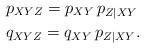
LaTeX: \begin{align*}&p_{XYZ}=p_{XY}\, p_{Z|XY} \\ &q_{XYZ} = q_{XY}\, p_{Z|XY}.\end{align*}